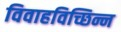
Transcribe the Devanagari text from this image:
विवाहविच्छिन्न